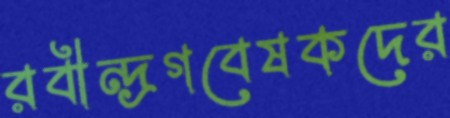
রবীন্দ্রগবেষকদের